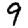
Digit: 9